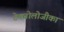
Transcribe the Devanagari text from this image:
टेक्नोलोजीका